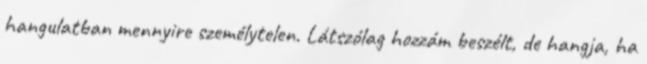
hangulatban mennyire személytelen. Látszólag hozzám beszélt, de hangja, ha